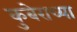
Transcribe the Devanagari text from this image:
कुबेराच्या